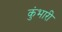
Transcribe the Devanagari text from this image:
कुंभारी